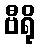
ဗီရို